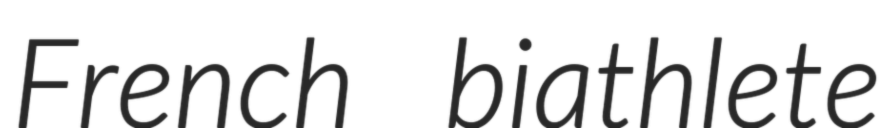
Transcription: French biathlete